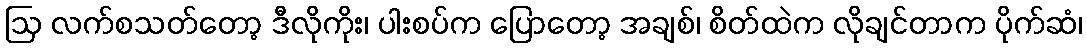
ဩ လက်စသတ်တော့ ဒီလိုကိုး၊ ပါးစပ်က ပြောတော့ အချစ်၊ စိတ်ထဲက လိုချင်တာက ပိုက်ဆံ၊